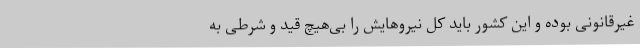
غیرقانونی بوده و این کشور باید کل نیروهایش را بی‌هیچ قید و شرطی به